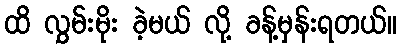
ထိ လွှမ်းမိုး ခဲ့မယ် လို့ ခန့်မှန်းရတယ်။